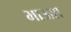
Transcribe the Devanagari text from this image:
भाऊश